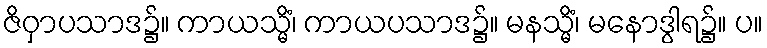
ဇိဝှာပသာဒ၌။ ကာယသ္မိံ၊ ကာယပသာဒ၌။ မနသ္မိံ၊ မနောဒွါရ၌။ ပ။